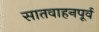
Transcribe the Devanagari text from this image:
सातवाहनपूर्व